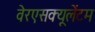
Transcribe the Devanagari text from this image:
वेरएसक्यूलेंटम